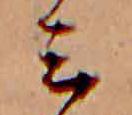
ミ